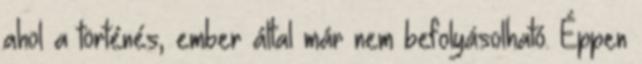
ahol a történés, ember által már nem befolyásolható. Éppen